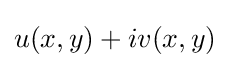
u(x,y)+iv(x,y)